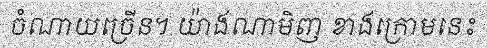
ចំណាយច្រើន។ យ៉ាងណាមិញ ខាងក្រោមនេះ